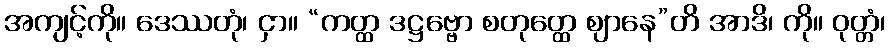
အကျင့်ကို။ ဒေဿတုံ၊ ငှာ။ “ကတ္ထ ဒဋ္ဌဗ္ဗော စတုတ္ထေ ဈာနေ”တိ အာဒိ၊ ကို။ ဝုတ္တံ၊